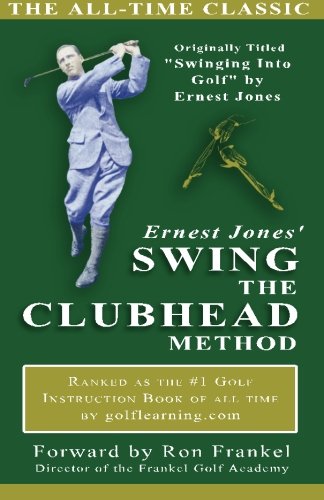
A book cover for Ernest Jones' Swing the Clubhead; Ernest Jones; Sports & Outdoors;